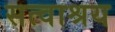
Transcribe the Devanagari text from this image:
सत्वाश्रय